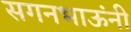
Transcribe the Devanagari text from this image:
सगनभाऊंनी